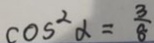
\cos ^ { 2 } \alpha = \frac { 3 } { 8 }